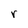
Character: r